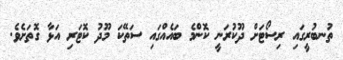
ތުނބުރީގައި ރިސޯޓަށް ދޫކުރަނީ ކޮންމެ ބައެއްގައި ސަތޭކަ މޫދު ކޮޓަރި އަޅާ ގޮތަށެވެ.